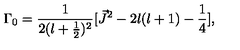
{ \Gamma } _ { 0 } = \frac { 1 } { 2 ( l + \frac { 1 } { 2 } ) ^ { 2 } } [ \vec { J } ^ { 2 } - 2 l ( l + 1 ) - \frac { 1 } { 4 } ] ,